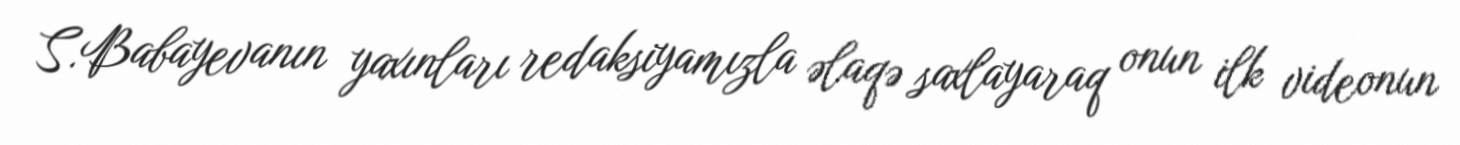
S.Babayevanın yaxınları redaksiyamızla əlaqə saxlayaraq onun ilk videonun